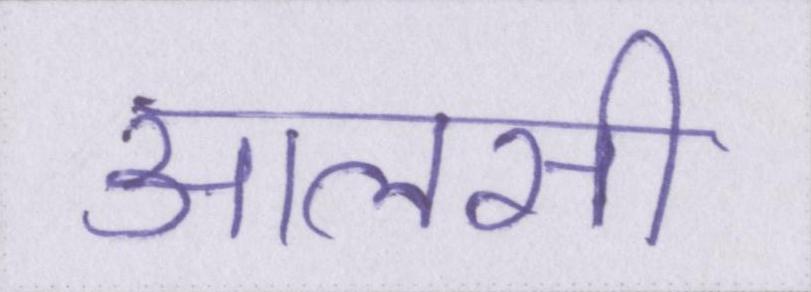
आलसी